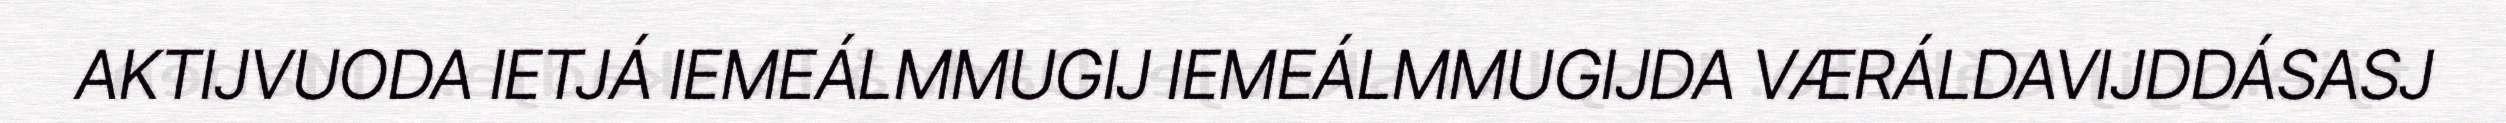
AKTIJVUODA IETJÁ IEMEÁLMMUGIJ IEMEÁLMMUGIJDA VÆRÁLDAVIJDDÁSASJ